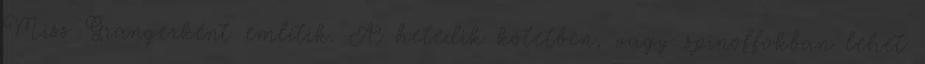
Miss Grangerként említik. A hetedik kötetben, vagy spinoffokban lehet